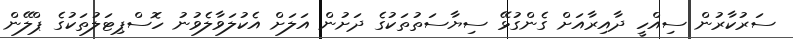
ސަރުކާރުން ސިއްހީ ދާއިރާއަށް ގެންގުޅޭ ސިޔާސަތުތަކުގެ ދަށުން އަލަށް އެކުލަވާލެވުނު ހޮސްޕިޓަލުތަކުގެ ޕްލޭން